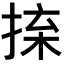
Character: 𢮕